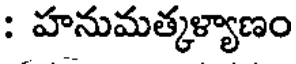
: హనుమత్కళ్యాణం